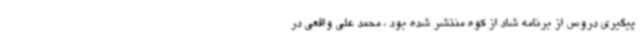
پیگیری دروس از برنامه شاد از کوه منتشر شده بود ، محمد علی واقعی در